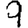
Digit: 9